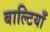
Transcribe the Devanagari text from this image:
बाल्टियाँ